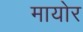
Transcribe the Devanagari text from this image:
मायोर